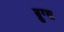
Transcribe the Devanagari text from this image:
ब्रुग्स